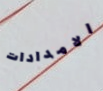
الامدادات